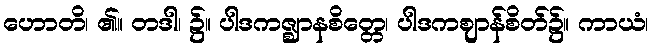
ဟောတိ၊ ၏။ တဒါ၊ ၌။ ပါဒကဇ္ဈာနစိတ္တေ၊ ပါဒကဈာန်စိတ်၌။ ကာယံ၊